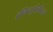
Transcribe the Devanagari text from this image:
एकियूरोइडिया